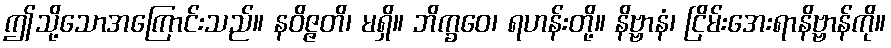
ဤသို့သောအကြောင်းသည်။ နဝိဇ္ဇတိ၊ မရှိ။ ဘိက္ခဝေ၊ ရဟန်းတို့။ နိဗ္ဗာနံ၊ ငြိမ်းအေးရာနိဗ္ဗာန်ကို။